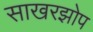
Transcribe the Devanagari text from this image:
साखरझोप